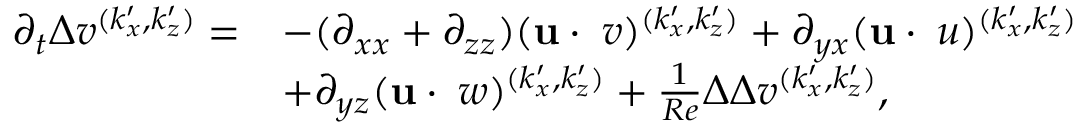
\begin{array} { r l } { \partial _ { t } \Delta v ^ { ( k _ { x } ^ { \prime } , k _ { z } ^ { \prime } ) } = } & { - ( \partial _ { x x } + \partial _ { z z } ) ( \mathbf { u } \cdot \mathbf { \nabla } v ) ^ { ( k _ { x } ^ { \prime } , k _ { z } ^ { \prime } ) } + \partial _ { y x } ( \mathbf { u } \cdot \mathbf { \nabla } u ) ^ { ( k _ { x } ^ { \prime } , k _ { z } ^ { \prime } ) } } \\ & { + \partial _ { y z } ( \mathbf { u } \cdot \mathbf { \nabla } w ) ^ { ( k _ { x } ^ { \prime } , k _ { z } ^ { \prime } ) } + \frac { 1 } { R e } \Delta \Delta v ^ { ( k _ { x } ^ { \prime } , k _ { z } ^ { \prime } ) } , } \end{array}